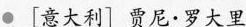
●[意大利]贾尼·罗大里